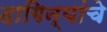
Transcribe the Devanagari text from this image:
दागिन्यांचे